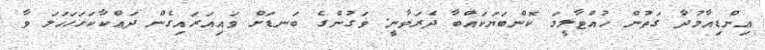
ޢިންޑިއާމުދާ ގަތުން ހުއްޓާލީމަ ކޮންބަޔަކައްބާ ދެރަވާނީ. ޥަގުންގެ ބަނޑަށް ވައިއަރައިގެން ދަޢްކާކަހަހަހަލަ ވާ